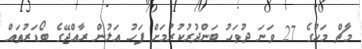
މާޗް މަހުގެ 27 ވަނަ ދުވަހު ބަންދުރުކުރުމަށް ފަހު އަލުން ރާއްޖޭގެ ބޯޑަރުތައް